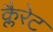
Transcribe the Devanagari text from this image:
क्लैरेट